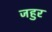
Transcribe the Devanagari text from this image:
जहुर